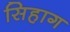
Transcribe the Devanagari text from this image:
सिहाग